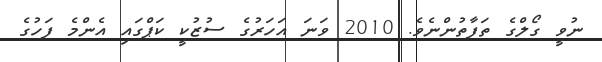
ނުވީ ގޯލްގެ ތަފާތުންނެވެ. 2010 ވަނަ އަހަރުގެ ސުޒުކީ ކަޕްގައި އެންމެ ފަހުގެ